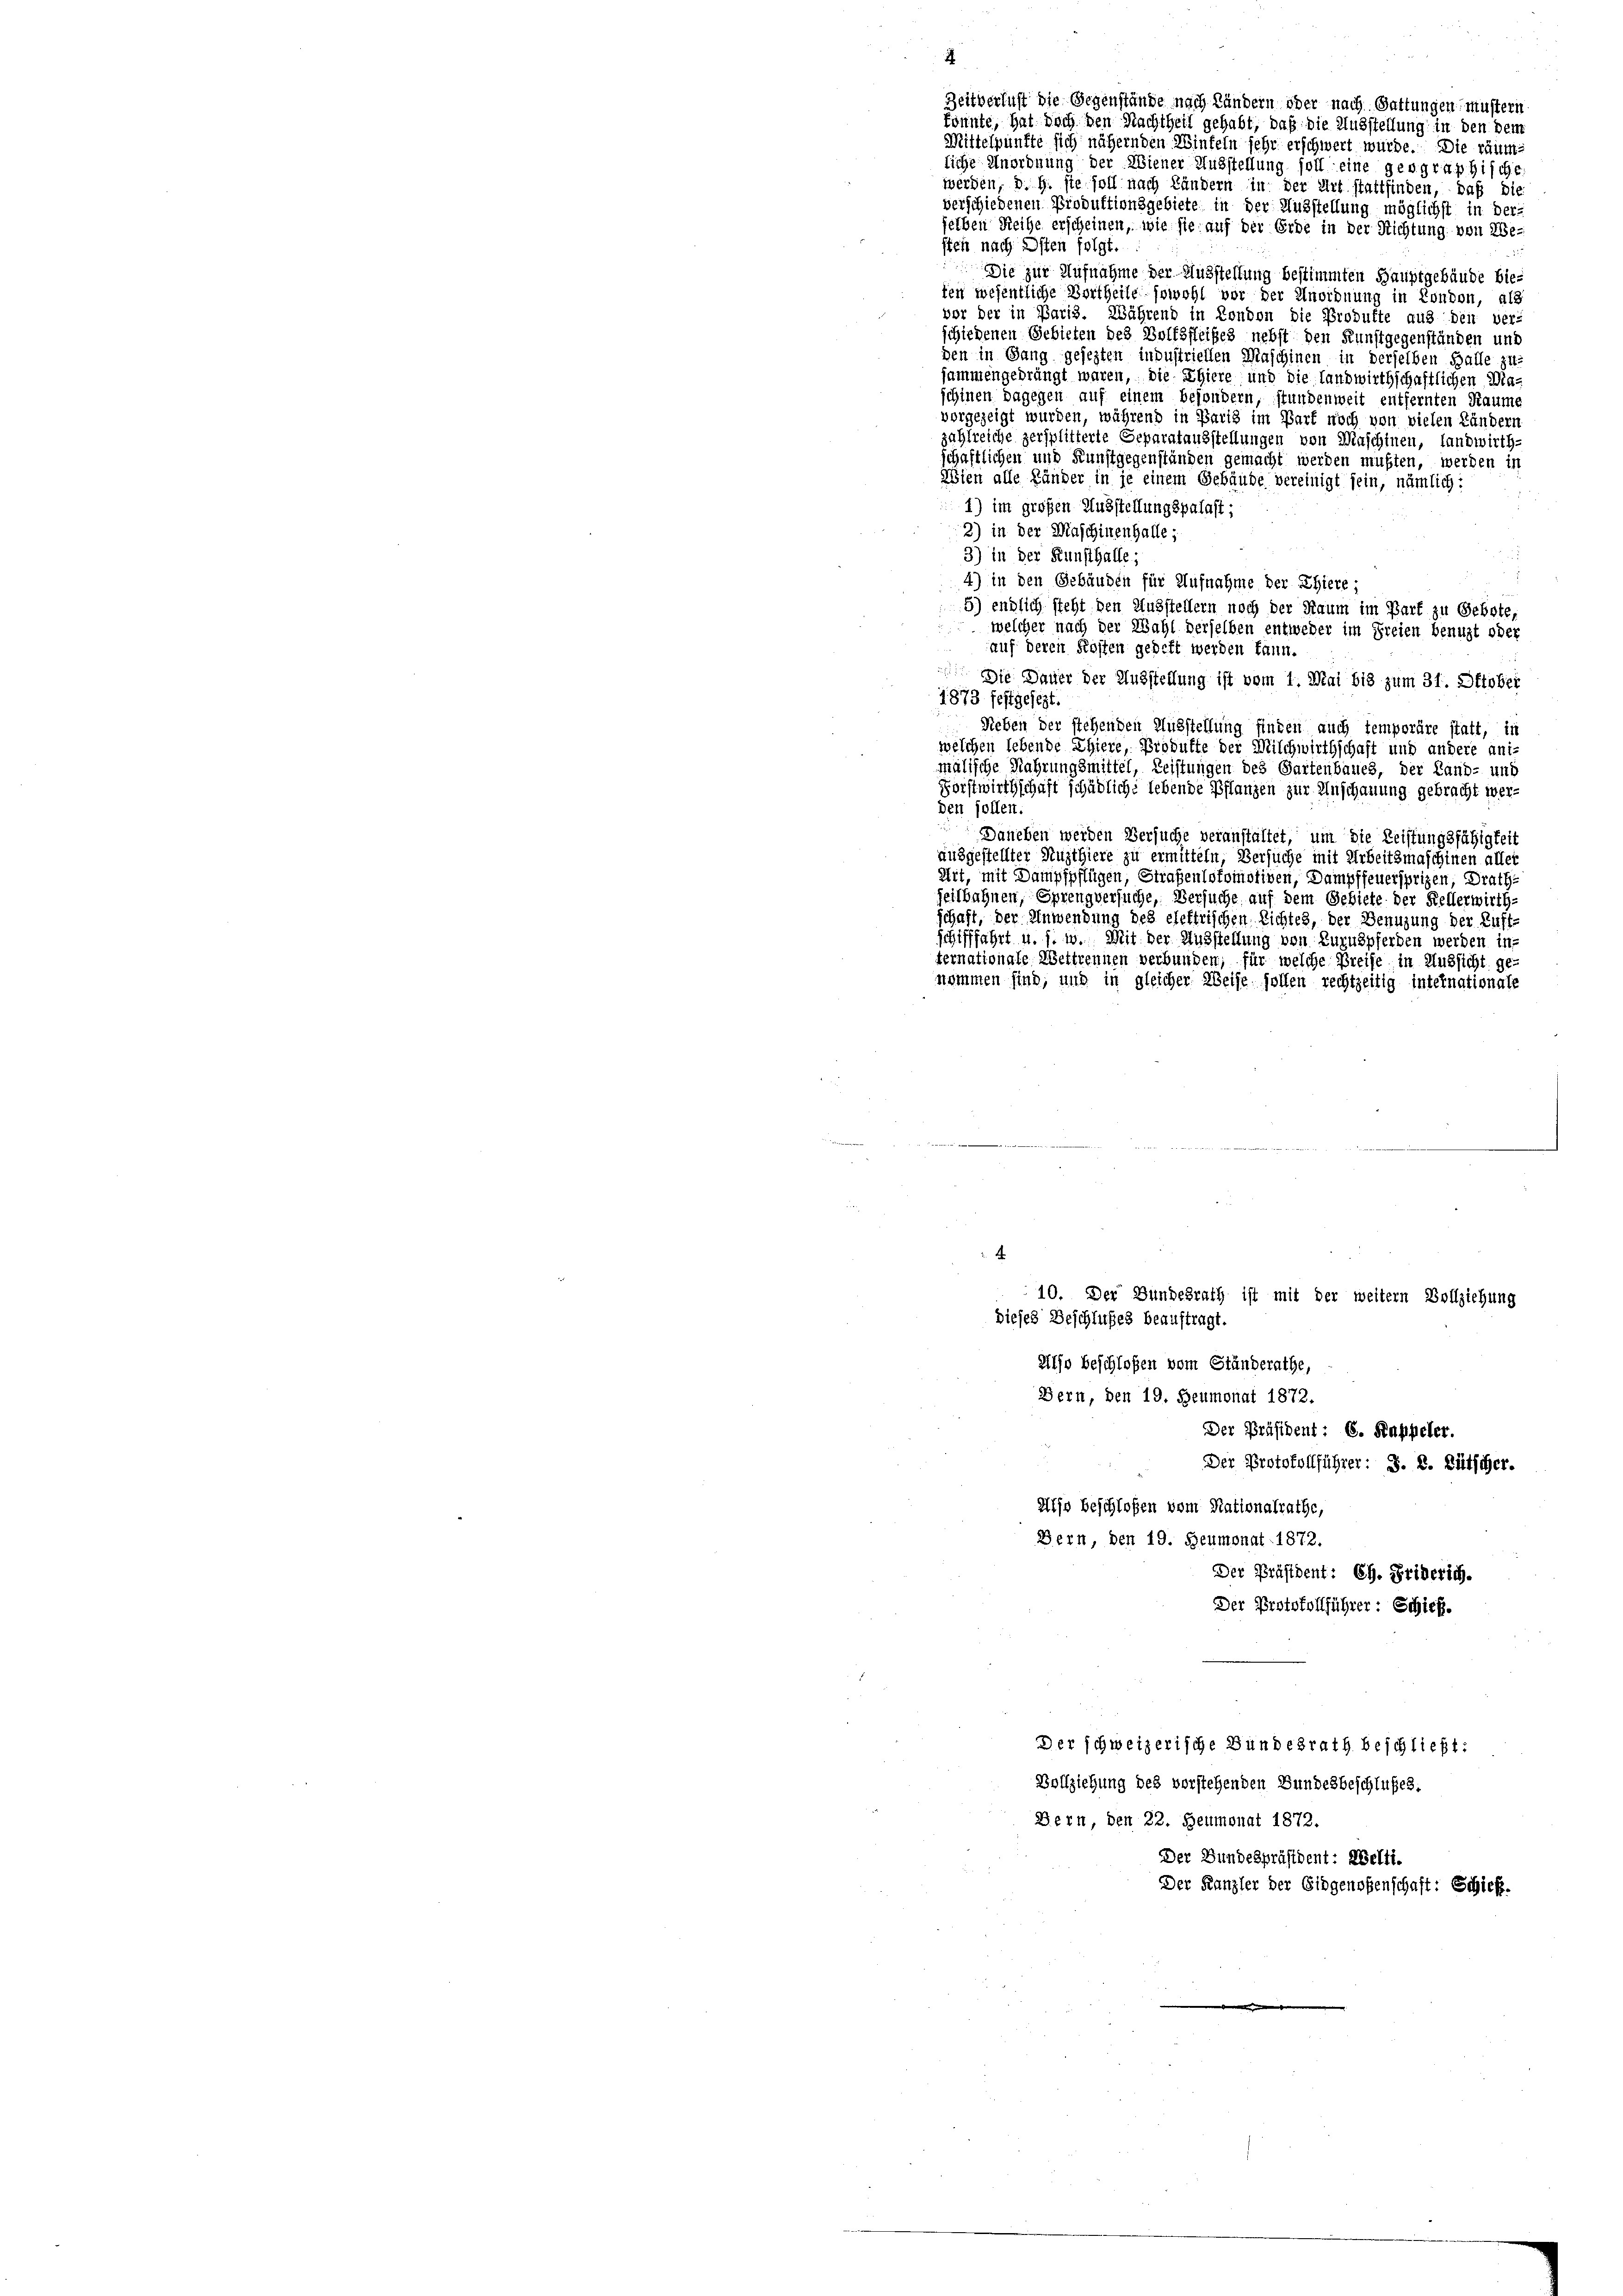
Zeitverlust die Gegenstände nach ländern oder nach Gattungen müstern

könnte, hat doch den Nachtheil gehabt, daß die Ausstellung in den dem
Mittelpunfte sich nähernden Hinfeln sehr erschwert wurde. Die räumliche Unordnung der Wiener Ausstellung soll eine geographische
werden, d. h. sie soll nach Ländern in der Art stattfinden, daß die
verschiedenen Produktionsgebiete in der Ausstellung möglichst in der-
selben Reihe erscheinen, wie sie auf der Erde in der Richtung von Wesien nach Osten folgt.
 Die zur Aufnahme der Ausstellung bestimmten Hauptgebäude bie-
fen wesentliche Bertheile sowohl vor der Unordnung in London, als
vor der in Paris. Während in London die Produkte aus dei verschiedenen Gebieten des Bolfsfleißes nebst den Kunstgegenständen und
den in Gang gesezten industriellen Maschinen in derselben Balle zu-
jammengedrängt waren, die Thiere und die landwirthschaftlichen Maschinen dagegen auf einem besondern, stundenweit entfernten Raume
vorgezeigt wurden, während in Paris im Bart noch von vielen Ländern
zahlreiche zersplitterte Separatausstellungen von Maschinen, landwirth-
schaftlichen und Kunstgegenständen gemacht werden mußten, werden in
Löten alle Händer in je einem Gebäude vereinigt sein, nämlich:
1) im großen Ausstellungspalast;
2) in der Maschinenhalle;
3) in der Kunsthalle;
4) in den Gebäuden für Aufnahme der Thiere;
5.) endlich steht den Ausstellern noch der Raum im Bart zu Gebote
 welcher nach der Wahl derselben entweder im Freien benuzt oder
auf deren Kosten gedeft werden kann.
 Die Dauer der Ausstellung ist vom 1. Mai bis zum 31. Oktober
1873 festgesezt.
Reben der stehenden Ausstellung finden auch temporäre statt, in
welchen lebende Ehiere, Produkte der Milchwirthschaft und andere ani-
malische Nahrungsmittel, Leistungen des Gartenbaues, der Land- und
Forstwirthschaft schädliche Lebende Pflanzen zur Anschauung gebracht werden sollen.
Daneben werden Versuche veranstaltet, um die Leistungsfähigkeit
ausgestellter Nuzthiere zu ermitteln, Versuche mit Arbeitsmaschinen aller
Art, mit Dampfpflügen, Strafenlokomotiven, Dampffeuersprizen, Drath
heilbahnen, Sprengversuche, Versuche auf dem Gebiete der Kellerwirth-
schaft, der Anwendung des elektrischen Richtes, der Benuzung der Luft-
schifffahrt u. s. w. Mit der Ausstellung von Zuzuspferden werden in
ternationale Wettrennen verbunden; für welche Preise in Aussicht ge-
nommen sind; und in gleicher Weise sollen rechtzeitig internationale
¬
10. Der Bundesrath ist mit der weitern Vollziehung
dieses Beschlußes beauftragt.
Also beschloßen vom Ständerathe,
Bern, den 19. Heumonat 1872.
Der Präsident: 6. Rappeler.
Der Protokollführer: S. R. Bütscher.
Also beschloßen vom Nationalrathe,
Bern, den 19. Heumonat 1872.
Der Präsident: Ch. Friderich.
Der Protokollführer: Schieß.
Der schweizerische Bundesrath beschließt:
Vollziehung des vorstehenden Bundesbeschlußes.
Bern, den 22. Heumonat 1872.
Der Bundespräsident: Welti.
Der Kanzler der Eidgenoßenschaft: Schick.